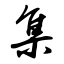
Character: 集